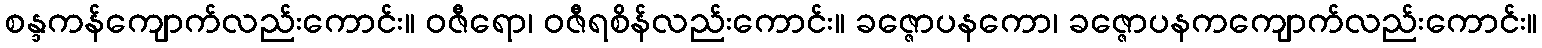
စန္ဒကန်ကျောက်လည်းကောင်း။ ဝဇီရော၊ ဝဇီရစိန်လည်းကောင်း။ ခဇ္ဇောပနကော၊ ခဇ္ဇောပနကကျောက်လည်းကောင်း။